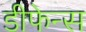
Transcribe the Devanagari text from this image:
डीफेन्स